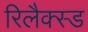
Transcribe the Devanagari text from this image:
रिलैक्स्ड